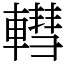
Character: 轊